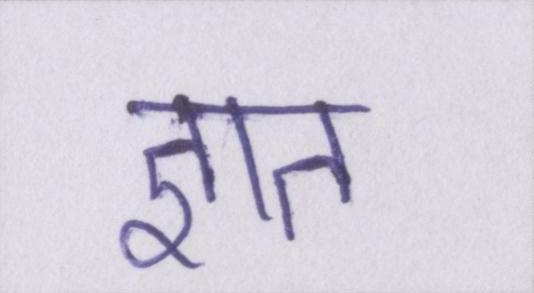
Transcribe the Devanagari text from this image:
ज्ञात